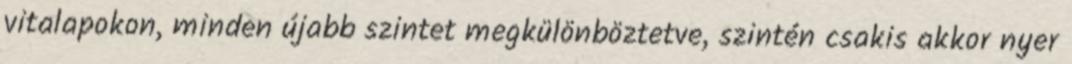
vitalapokon, minden újabb szintet megkülönböztetve, szintén csakis akkor nyer